Report of the Indian Hemp Drugs Commission, 1894-1895 - Volume VI
Year: 1894
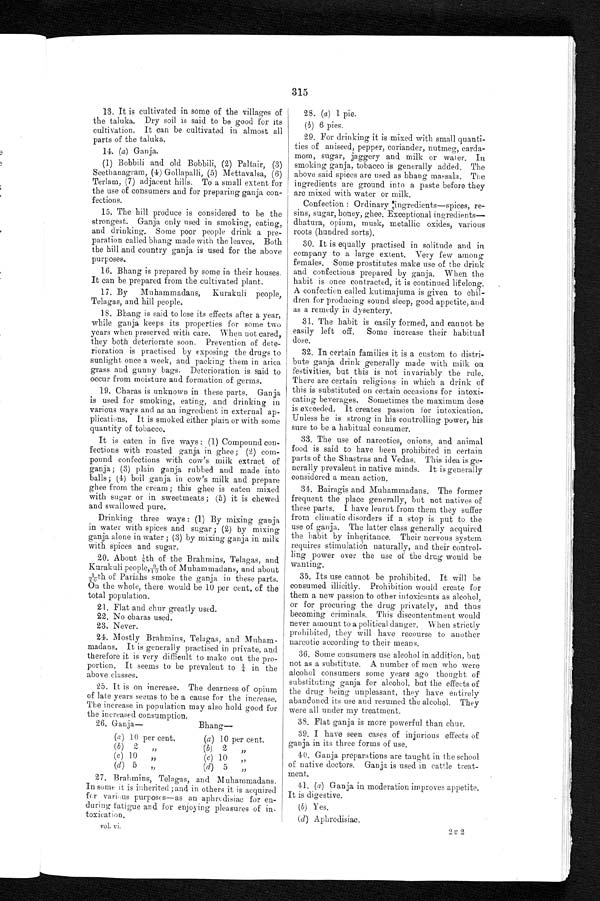
26. Ganja—
B h a n g —
( a ) 10 per cent.
(a) 10 per cent.
( b ) 2 per cent.
(b ) 2
percent.
( c ) 10 per cent
( c )
10 percent.
( d ) 5 per cent
(d) 5
percent.
27. Brahmins, Telagas, and
M u h a m m a d a n s . I n s o m e i t i s i n h e r i t e d ; a n d i n o t h e r si
t
i s a c q u i r e d
for various purposes—as an aphrodisiac for e
n - d u r i n g
f a t i g u e
and for enjoying pleasures of in
- t o x i c a t i o n .
vol. vi.
2 u 2
315
13. It is cultivated in some of the villages of
the taluka. Dry soil is said to be good for its
c u l t i v a t i o n . I t c a n b e c u l t i v a t e d i n a l m o s t a l l
parts of the taluka.
14. (a ) Ganja.
(1) Bobbili and old Bobbili, (2) Paltair, (3
) S e e t h a n a g r a m , ( 4 ) G o l l a p a l l i , ( 5 ) M e t t a v a l s a , ( 6 )
Terlam, (7) adjacent hills. To a small extent for
the use of consumers and for preparing ganja con
- f e c t i o n s .
15.The hill produce is considered to be the
strongest. Ganja only used in smoking, eating,
and drinking. Some poor people drink a pre
- p a r a t i o n c a l l e d b h a n g m a d e w i t h t h e l e a v e s . B o t h
the hill and country ganja is used for the above
purposes.
16. Bhang is prepared by some in their house
s. It can be prepared from the cultivated plant.
17. By Muhammadans, Kurakuli people,
Telagas, and hill people.
18. Bhang is said to lose its effects after a year,
while ganja keeps its properties for some two
years when preserved with care. When not cared,
they both deteriorate soon. Prevention of dete--
rioration is practised by exposing the drugs to
sunlight once a week, and packing them in arica
grass and gunny bags. Deterioration is said to
occur from moisture and formation of germs.
19. Charas is unknown in these parts. Ganja
is used for smoking, eating, and drinking in
various ways and as an ingredient in external ap
- p l i c a t i o n s . I t i s s m o k e d e i t h e r p l a i n o r w i t h s o m e
quantity of tobacco.
It is eaten in five ways: (1) Compound con
-fections with roasted ganja in ghee; (2) com
- p o u n d c o n f e c t i o n s w i t h c o w ' s m i l k e x t r a c t o f
ganja; (3) plain ganja rubbed and made into
balls; (4) boil ganja in cow's milk and prepare
ghee from the cream; this ghee is eaten mixed
with sugar or in sweetmeats; (5) it is chewed
and swallowed pure.
Drinking three ways: (1) By mixin
g g a n j a i n w a t e r w i t h s p i c e s a n d s u g a r ; ( 2 ) b y m i x i n g
ganja alone in water; (3) by mixing ganja in milk
with spices and sugar.
20. About ⅛th of the Brahmins, Telagas, and
Kurakuli people,9/10th of Muhammadans, and about
1 / 2 0 t h o f P a r i a h s s m o k e t h e g a n j a i n t h e s e p a r t s ,
On the whole, there would be 10 per cent. of the
total population.
2 1 . F l a t a n d c h u r g r e a t l y u s e d .
2 2 . N o c h a r a s u s e d .
2 3 . N e v e r .
24. Mostly Brahmins, Telagas, and
M u h a m - m a d a n s . I t i s g e n e r a l l y p r a c t i s e d i n p r i v a t e , a n d
therefore it is very difficult to make out the pro
- p o r t i o n . I t s e e m s t o b e p r e v a l e n t t o ¼ i n t h e
above classes.
25. It is on increase. The dearness of opium
of late years seems to be a cause for the increase.
The increase in population may also hold good for
the increased consumption.
28. (a) 1 pie.
( b) 6 pies.
29. For drinking it is mixed with small quanti
-ties of aniseed, pepper, coriander, nutmeg, carda
-mom, sugar, jaggery and milk or water. In
smoking ganja, tobacco is generally added. The
above said spices are used as bhang massala. The
ingredients are ground into a paste before they
are mixed with water or milk.
Confection: Ordinary ingredients—spices, re
-sins, sugar, honey, ghee. Exceptiona
l i n g r e d i e n t s — d h a t u r a , o p i u m , m u s k , m e t a l l i c o x i d e s , v a r i o u s
roots (hundred sorts).
30. It is equally practised in solitude and in
company to a large extent. Very few among
females. Some prostitutes make use of the drink
and confections prepared by ganja. When the
habit is once contracted, it is continued
lifelong. A confection called kutimajuma is given to chil
- d r e n f o r p r o d u c i n g s o u n d . s l e e p , g o o d a p p e t i t e , a n d
as a remedy in dysentery.
31. The habit is easily formed, and cannot be
easily left off. Some increase their habitual
dose.
32. In certain families it is a custom to distri
- b u t e g a n j a d r i n k g e n e r a l l y m a d e w i t h m i l k o n
festivities, but this is not invariably the rule.
There are certain religions in which a drink of
this is substituted on certain occasions for intoxi--
cating beverages. Sometimes the maximum dose
is exceeded. It creates passion for intoxication.
Unless he is strong in his controlling power, his
sure to be a habitual consumer.
33. The use of narcotics, onions, and animal
food is said to have been prohibited in certain
parts of the Shastras and Vedas. This idea is ge--
nerally prevalent in native minds. It is generally
considered a mean action.
34. Bairagis and Muhammands. The former
frequent the place generally, but not natives of
these parts. I have learnt from them they suffer
from climatic disorders if a stop is put to the
use of ganja. The latter class generally acquired
the habit by inheritance. Their nervous system
requires stimulation naturally, and their control
- i n g p o w e r o v e r t h e u s e o f t h e d r u g w o u l d b e
wanting.
35. Its use cannot be prohibited. It will be
consumed illicitly. Prohibition would create for
them a new passion to other intoxicants as alcohol,
or for procuring the drug privately, and thus
becoming criminals. This discontentment would
never amount to a political danger. When strictly
prohibited, they will have recourse to another
narcotic according to their means.
36. Some consumers use alcohol in addition, but
not as a substitute. A number of men who were
alcohol consumers some years ago thought of
substituting ganja for alcohol, but the effects of
the drug being unpleasant, they have entirely
abandoned its use and resumed the alcohol. They
were all under my treatment.
3 8 . F l a t g a n j a i s m o r e p o w e r f u l t h a n c h u r .
39. I have seen cases of injurious effects of
ganja in its three forms of use.
40. Ganja preparations are taught in the school
of native doctors. Ganja is used in cattle treat--
ment.
41. (a) Ganja in moderation improves appetite.
It is digestive.
( b ) Y e s .
(d) Aphrodisiac.